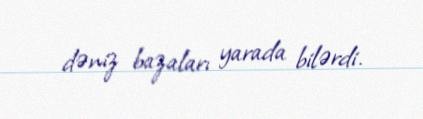
dəniz bazaları yarada bilərdi.